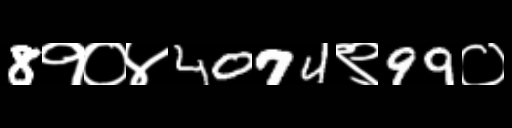
Text: 8१०४4074९99०